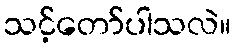
သင့်တော်ပါသလဲ။